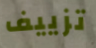
تزييف